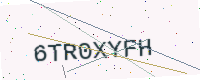
Text: 6TR0XYFH